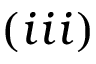
( i i i )